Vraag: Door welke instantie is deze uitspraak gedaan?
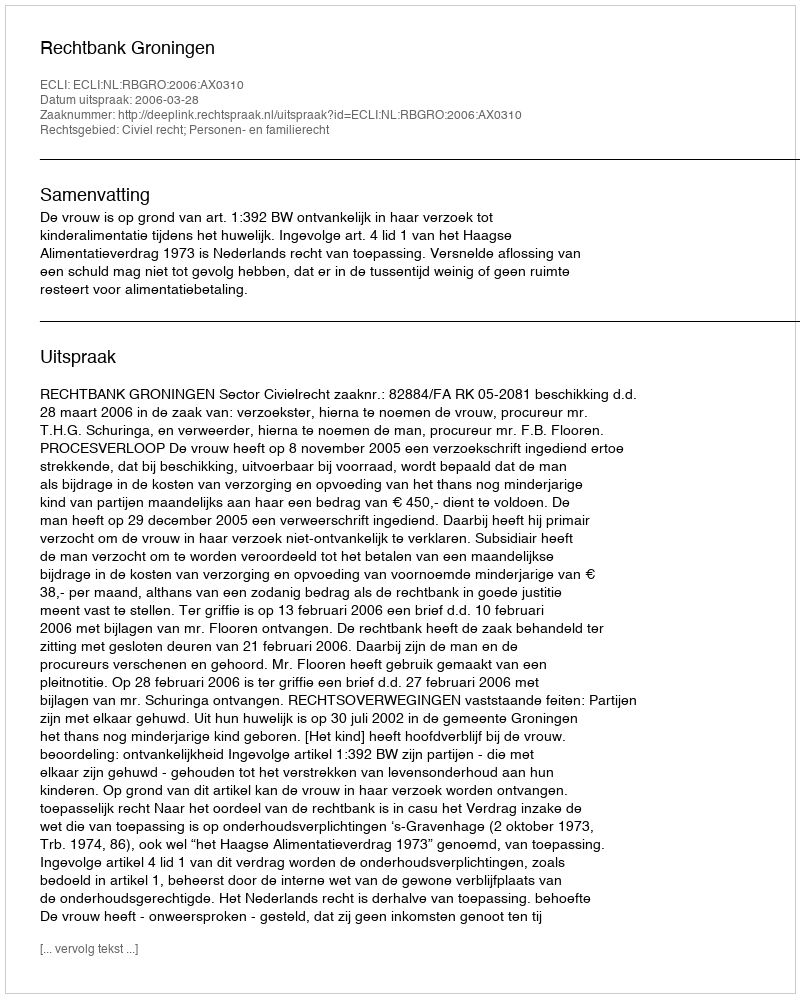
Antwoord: Rechtbank Groningen